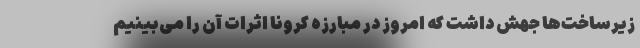
زیرساخت‌ها جهش داشت که امروز در مبارزه کرونا اثرات آن را می‌بینیم